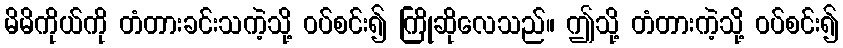
မိမိကိုယ်ကို တံတားခင်းသကဲ့သို့ ဝပ်စင်း၍ ကြိုဆိုလေသည်။ ဤသို့ တံတားကဲ့သို့ ဝပ်စင်း၍